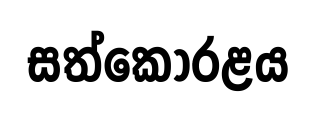
සත්කෝරළය